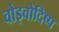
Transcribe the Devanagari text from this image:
वोइवोदिष्प